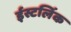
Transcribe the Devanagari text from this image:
ईस्टलिंक